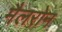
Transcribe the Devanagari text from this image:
मैलरोन